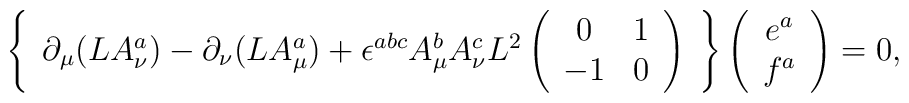
\left\{\begin{array}{c}\partial_\mu(LA_{\nu}^{a})-\partial_\nu(LA_{\mu}^{a}) +\epsilon^{abc}A_{\mu}^{b}A_{\nu}^{c}L^{2}\left(\begin{array}{cc}0 & 1\\-1 & 0\end{array}\right)\end{array}\right\}\left(\begin{array}{c}e^{a}\\f^{a}\end{array}\right)=0,